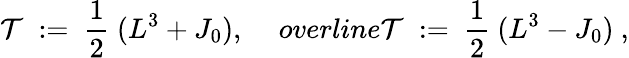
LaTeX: {\mathcal T}\ :=\ \frac 12\ (L^{3}+J_{0}),\quad\, overline{\mathcal T}\ :=\ \frac 12\ (L^{3}-J_{0})\ ,